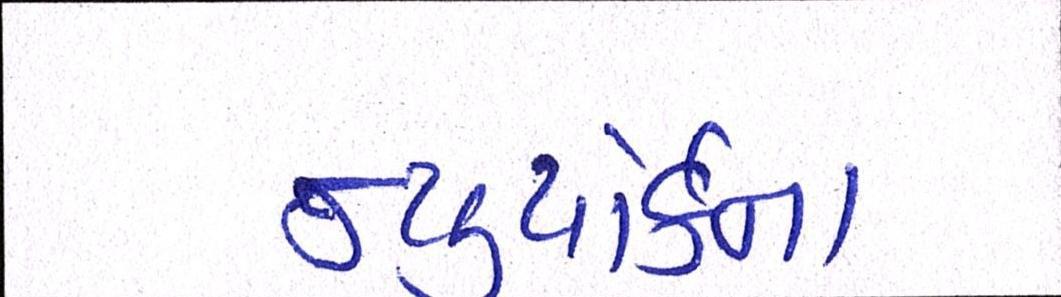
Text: ન્યુયોર્કના